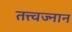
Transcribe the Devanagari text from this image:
तत्त्वज्नान